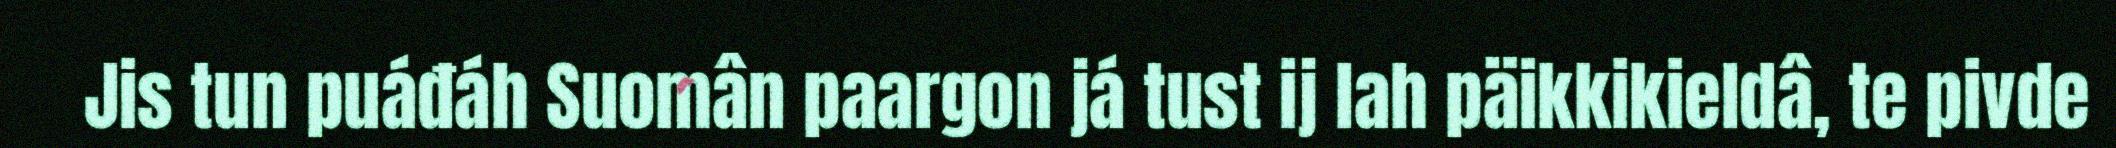
Jis tun puáđáh Suomân paargon já tust ij lah päikkikieldâ, te pivde